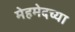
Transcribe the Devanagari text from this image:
मेहमेदच्या